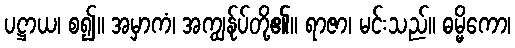
ပဋ္ဌာယ၊ စ၍။ အမှာကံ၊ အကျွန်ုပ်တို့၏။ ရာဇာ၊ မင်းသည်။ ဓမ္မိကော၊